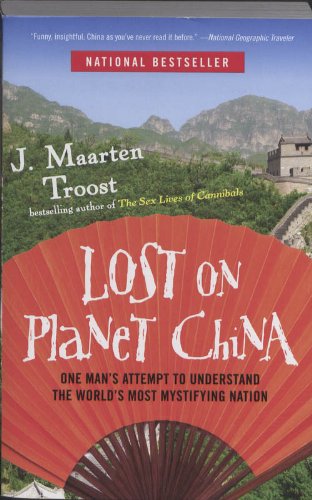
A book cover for Lost on Planet China: One Man's Attempt to Understand the World's Most Mystifying Nation; J. Maarten Troost; Travel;